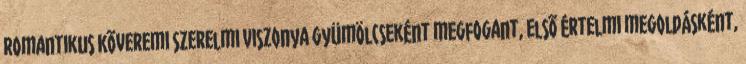
romantikus Kõveremi szerelmi viszonya gyümölcseként megfogant, elsõ értelmi megoldásként,